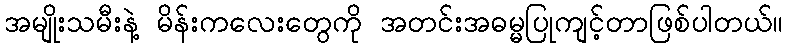
အမျိုးသမီးနဲ့ မိန်းကလေးတွေကို အတင်းအဓမ္မပြုကျင့်တာဖြစ်ပါတယ်။